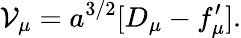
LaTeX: {\cal V}_{\mu}=a^{3/2}[D_{\mu}-f_{\mu}^{\prime}].